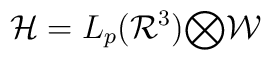
{\mathcal{H}} = L_{p}({\mathcal{R}}^{3}) {\bigotimes} {\mathcal{W}}